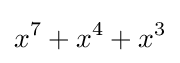
x^{7}+x^{4}+x^{3}